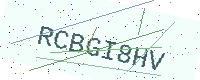
Text: RCBGI8HV